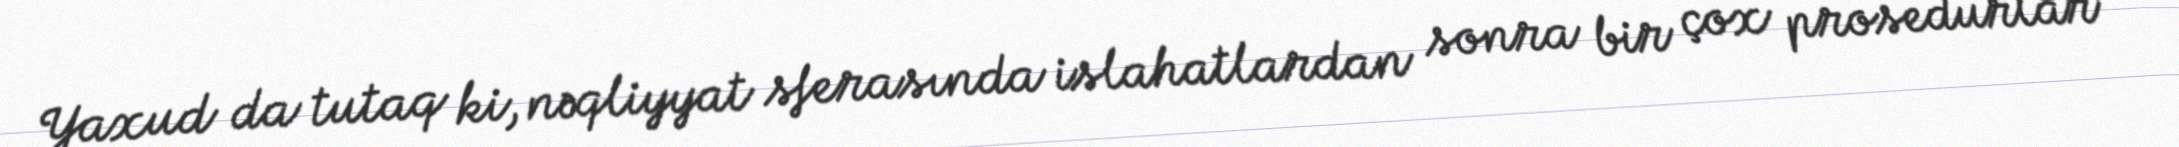
Yaxud da tutaq ki, nəqliyyat sferasında islahatlardan sonra bir çox prosedurlar